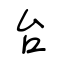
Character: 台